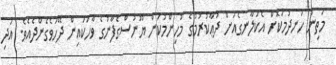
މަތިން ހަނދުމަކޮށް އެކަލާނގެއަށް ދުޢާކުރުމުގެ މުހިންމުކަން ޔޫނުސްގެފާނުގެ ވާހަކައިން ދޭހަވެގެންދެއެވެ. އަދި